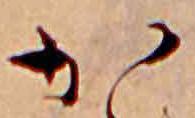
か